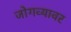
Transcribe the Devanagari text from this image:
जोगव्यावर